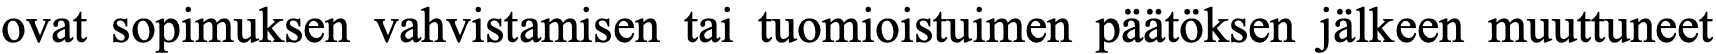
ovat sopimuksen vahvistamisen tai tuomioistuimen päätöksen jälkeen muuttuneet